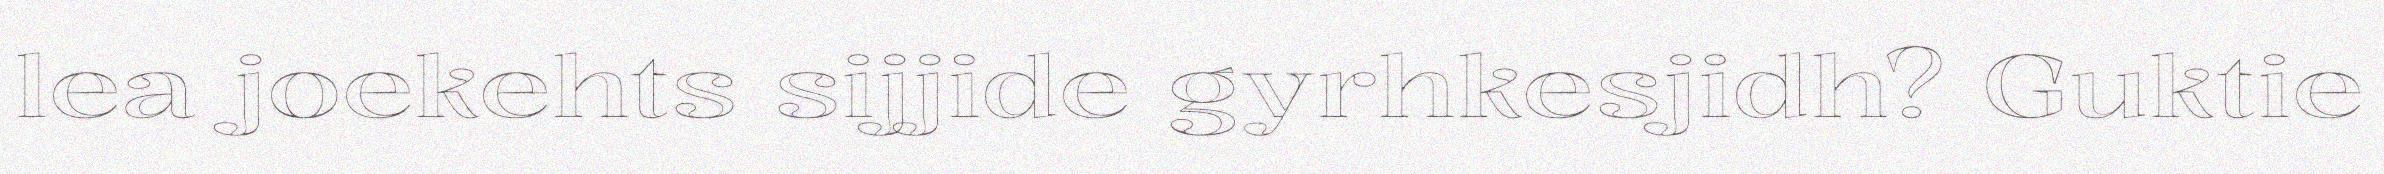
lea joekehts sijjide gyrhkesjidh? Guktie